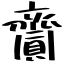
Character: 齎